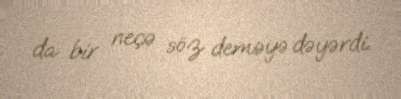
da bir neçə söz deməyə dəyərdi.